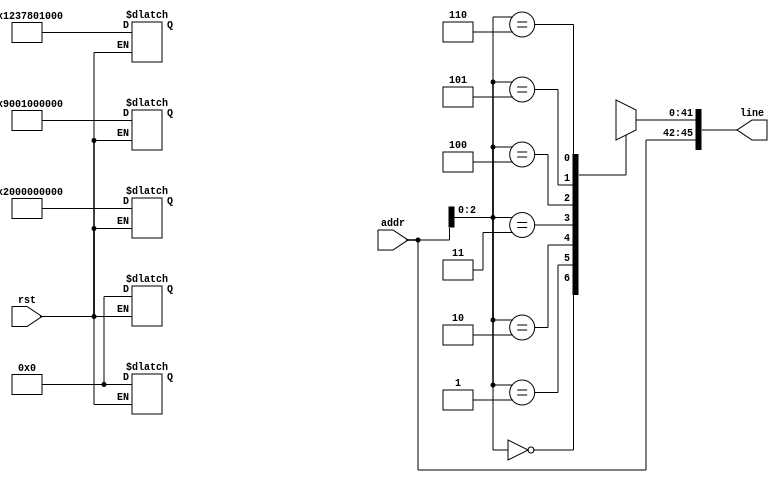
module prog_mem(
    input rst,
    input [3:0] addr,
    output reg [45:0] line);

    reg [41:0] mem [6:0];

    always @(*) begin
        line = {addr,mem[addr[2:0]]};
    end

    //Program memory goes here. Commented out are previous tests.
    always @(*) begin
        if(!rst) begin
            //Toggle acc every two cycles.
mem[0] = {2'h0,4'h1,12'd567,12'd2049,12'd0};
mem[1] = {2'h0,4'h0,12'd0,12'd0,12'd0};
mem[2] = {2'h0,4'h9,12'd1,12'd0,12'd0};
mem[3] = {2'h0,4'h0,12'd0,12'd0,12'd0};
mem[4] = {2'h0,4'h2,12'd0,12'd0,12'd0};

        end
    end
endmodule